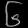
Digit: ၆